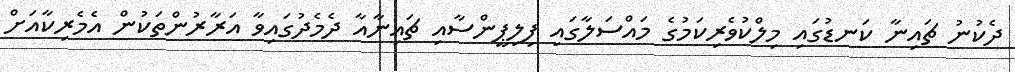
ދެކުނު ޗައިނާ ކަނޑުގައި މިލްކުވެރިކަމުގެ މައްސަލާގައި ފިލިޕީންސާއި ޗައިނާއާ ދެމެދުގައިވާ އަރާރުންތަކުން އެމެރިކާއަށް